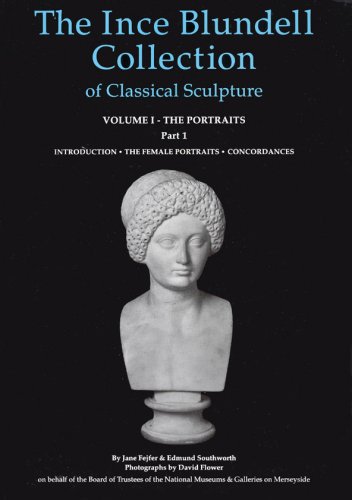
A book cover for The Ince Blundell Collection of Classical Sculpture: Volume 1, The Portraits  Part 1, The Female Portraits (Corpus Signorum Imperii Romani. Great Britain, V. 3, Fasc. 2, 9.); Jane Feifer; Arts & Photography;